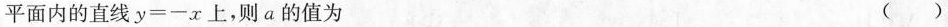
平面内的直线 $$y = - x$$ 上，则a的值为 ( )